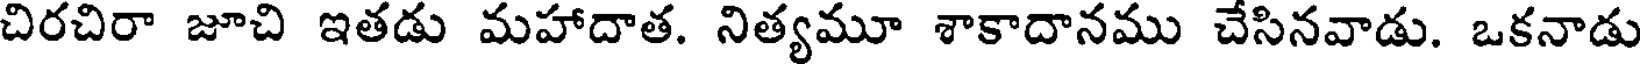
చిరచిరా జూచి ఇతడు మహాదాత. నిత్యమూ శాకాదానము చేసినవాడు. ఒకనాడు